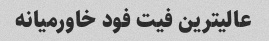
عالیترین فیت فود خاورمیانه